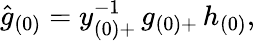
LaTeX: \hat{g}_{(0)}=y_{(0)+}^{-1}\, g_{(0)+}\, h_{(0)},